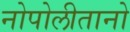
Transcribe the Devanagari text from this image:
नोपोलीतानो